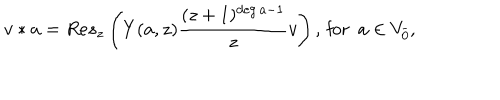
LaTeX: v * a = R e s _ { z } \left( Y ( a , z ) \frac { ( z + 1 ) ^ { \deg a - 1 } } { z } v \right) , \, \mathrm { f o r } \, \, \, a \in V _ { \bar { 0 } } ,